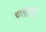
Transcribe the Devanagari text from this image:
चलाएं।